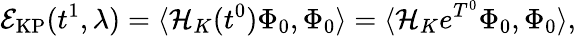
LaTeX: \mathcal{E}_{\mathrm{KP}}(t^{1},\lambda)=\langle\mathcal{H}_{K}(t^{0})\Phi_{0},\Phi_{0}\rangle=\langle\mathcal{H}_{K}e^{T^{0}}\Phi_{0},\Phi_{0}\rangle,